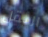
الثقل